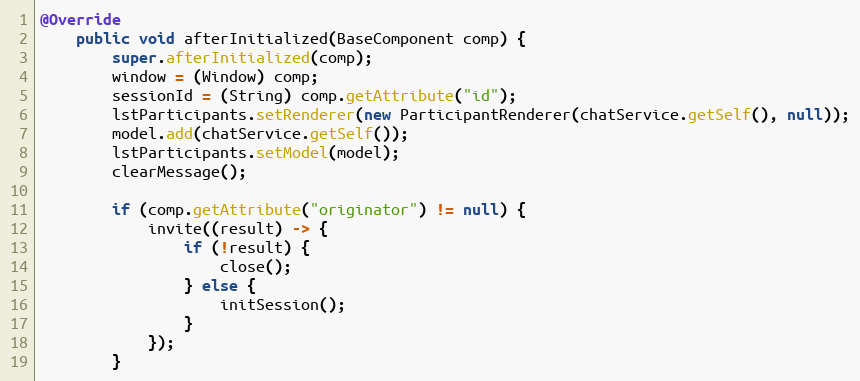
Language: Java
@Override
    public void afterInitialized(BaseComponent comp) {
        super.afterInitialized(comp);
        window = (Window) comp;
        sessionId = (String) comp.getAttribute("id");
        lstParticipants.setRenderer(new ParticipantRenderer(chatService.getSelf(), null));
        model.add(chatService.getSelf());
        lstParticipants.setModel(model);
        clearMessage();

        if (comp.getAttribute("originator") != null) {
            invite((result) -> {
                if (!result) {
                    close();
                } else {
                    initSession();
                }
            });
        }